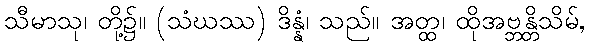
သီမာသု၊ တို့၌။ (သံဃဿ) ဒိန္နံ၊ သည်။ အတ္ထ၊ ထိုအဗ္ဘန္တိသိမ်,